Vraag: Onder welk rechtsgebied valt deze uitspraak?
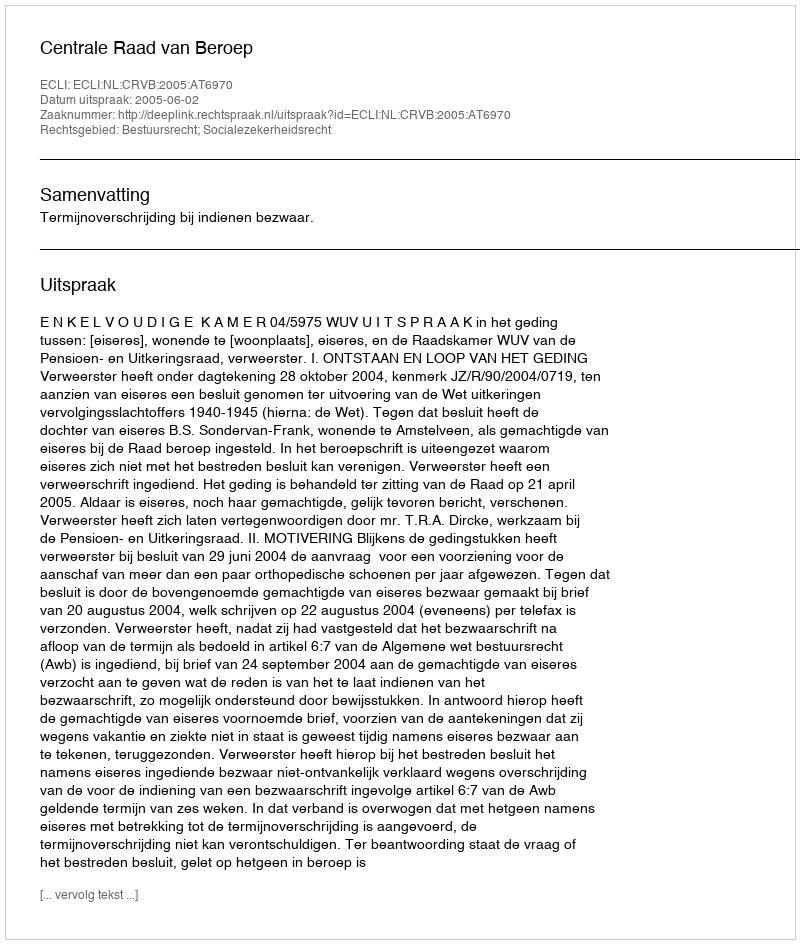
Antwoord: Bestuursrecht; Socialezekerheidsrecht